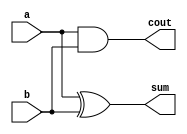
`timescale 1ns / 1ps
//////////////////////////////////////////////////////////////////////////////////
// Assignment no - 1
// Problem no - 1
// Semester - Autumn(2021-2022)
// Group No - 48
// Members - Vinit Raj, Aryan Agarwal
// Company: 
// Engineer: 
// 
// Design Name: 
// Module Name:    halfAdder 
// Project Name: 
// Target Devices: 
// Tool versions: 
// Description: 
//
// Dependencies: 
//
// Revision: 
// Revision 0.01 - File Created
// Additional Comments: 
//
//////////////////////////////////////////////////////////////////////////////////
module halfAdder (a, b, cout, sum);
    input  a, b;
    output cout, sum;
    assign cout = a&b;
    assign sum = a^b;
endmodule